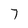
Character: 7